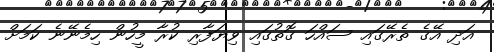
އަދި އޭގެ ތެރޭގައި ސައްހަ ގޮތުގައި ވިޔަފާރި ކުރާ މީހުން ހިމެނޭނެ ކަމަށް